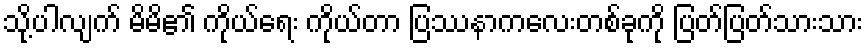
သို့ပါလျက် မိမိ၏ ကိုယ်ရေး ကိုယ်တာ ပြဿနာကလေးတစ်ခုကို ပြတ်ပြတ်သားသား